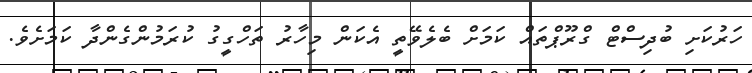
ހަރުކަށި ބުދިސްޓް ގްރޫޕްތައް ކަމަށް ބެލެވޭތީ އެކަން މިހާރު ތަހްގީގު ކުރަމުންގެންދާ ކަމަށެވެ.